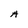
Character: A